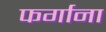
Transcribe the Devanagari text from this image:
फर्गाना